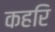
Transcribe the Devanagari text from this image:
कहरि